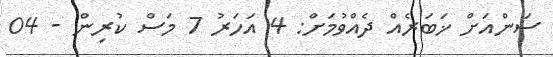
ސަންއަށް ޚަބަރެއް ދެއްވުމަށް: 4 އަހަރު 7 މަސް ކުރިން - 04